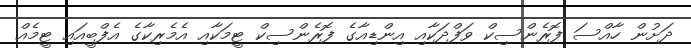
ދަށުން ހާއްސަ ފޮރެންސިކް ވަފްދަކާއި އިންޑިއާގެ ފޮރެންސިކް ޓީމަކާއި އެމެރިކާގެ އެފްބީއައި ޓީމެއް